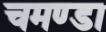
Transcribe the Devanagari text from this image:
चमण्डा